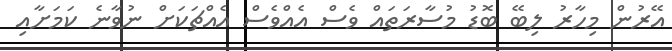
އޭރުން މިހާރު ލިބޭ ބޮޑު މުސާރަތައް ވެސް އެއްވެސް އެއްޗަކަށް ނުވާނެ ކަމަށާއި